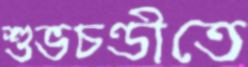
শুভচণ্ডীতে